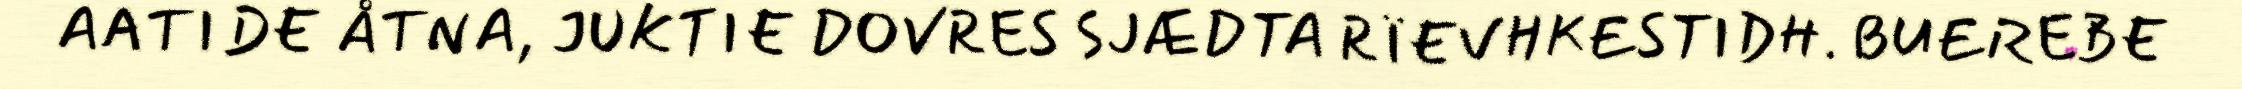
AATIDE ÅTNA, JUKTIE DOVRES SJÆDTA RÏEVHKESTIDH. BUEREBE